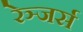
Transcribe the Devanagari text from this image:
रेञ्जर्स